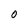
Character: O